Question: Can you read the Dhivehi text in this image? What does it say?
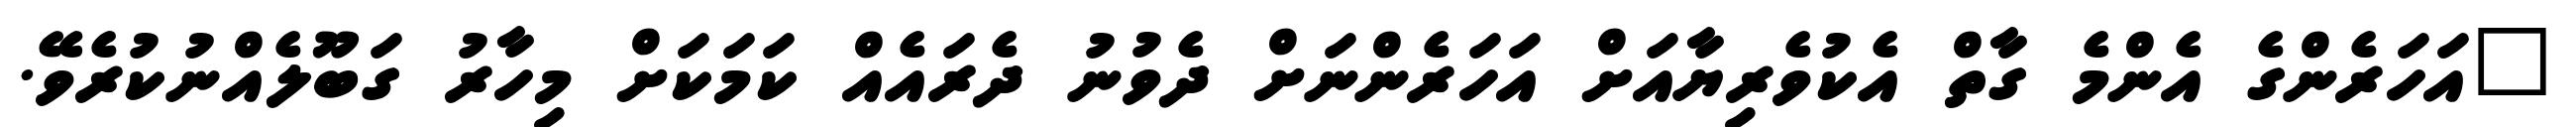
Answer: "އަހަރެންގެ އެންމެ ގާތް އެކުވެރިޔާއަށް އަހަރެންނަށް ދެވުނު ދެރައެއް ކަމަކަށް މިހާރު ގަބޫލެއްނުކުރެވޭ.